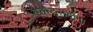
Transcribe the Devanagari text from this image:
एकडूसर्यांना